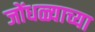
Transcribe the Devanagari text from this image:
जोंधळ्याच्या